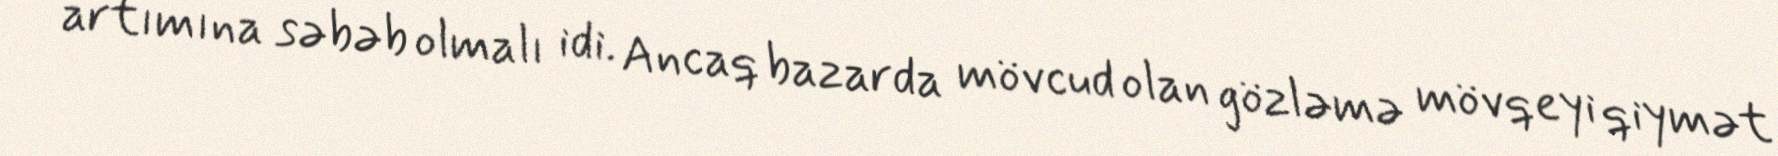
artımına səbəb olmalı idi. Ancaq bazarda mövcud olan gözləmə mövqeyi qiymət